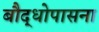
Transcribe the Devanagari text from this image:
बौद्धोपासना